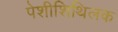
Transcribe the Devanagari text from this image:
पेशीशिथिलक